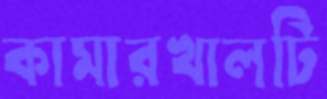
কামারখালটি